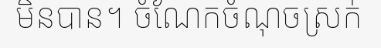
មិនបាន។ ចំណែកចំណុចស្រក់